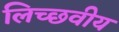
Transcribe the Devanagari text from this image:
लिच्छवीय